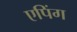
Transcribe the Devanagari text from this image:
एपिंग